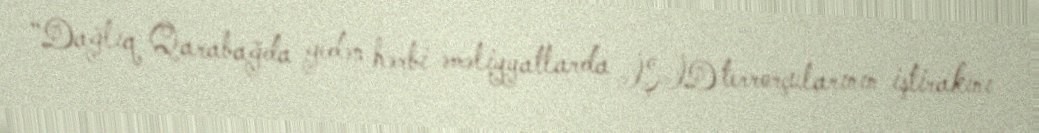
“Dağlıq Qarabağda gedən hərbi əməliyyatlarda İŞİD terrorçularının iştirakını